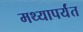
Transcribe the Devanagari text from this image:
मथ्यापर्यंत